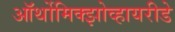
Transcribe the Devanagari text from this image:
ऑर्थोमिक्झोव्हायरीडे